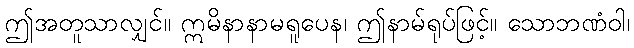
ဤအတူသာလျှင်။ ဣမိနာနာမရူပေန၊ ဤနာမ်ရုပ်ဖြင့်။ သောဘဏံဝါ၊